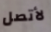
لأتصل